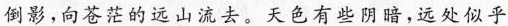
倒影，向苍茫的远山流去。天色有些阴暗，远处似乎